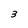
Character: 3